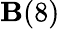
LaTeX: \mathbf{B}(8)